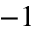
^ { - 1 }